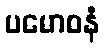
ပမောစနံ